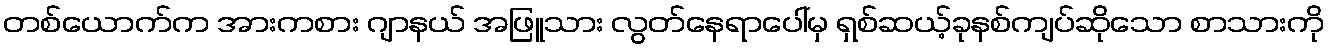
တစ်ယောက်က အားကစား ဂျာနယ် အဖြူသား လွတ်နေရာပေါ်မှ ရှစ်ဆယ့်ခုနစ်ကျပ်ဆိုသော စာသားကို